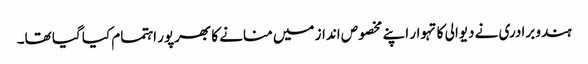
ہندو برادری نے دیوالی کا تہوار اپنے مخصوص انداز میں منانے کا بھرپور اہتمام کیا گیا تھا۔